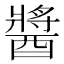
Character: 醬